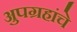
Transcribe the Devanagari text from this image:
अुपग्रहांचे